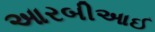
આરબીઆઈ